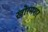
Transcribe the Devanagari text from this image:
खोरमशर